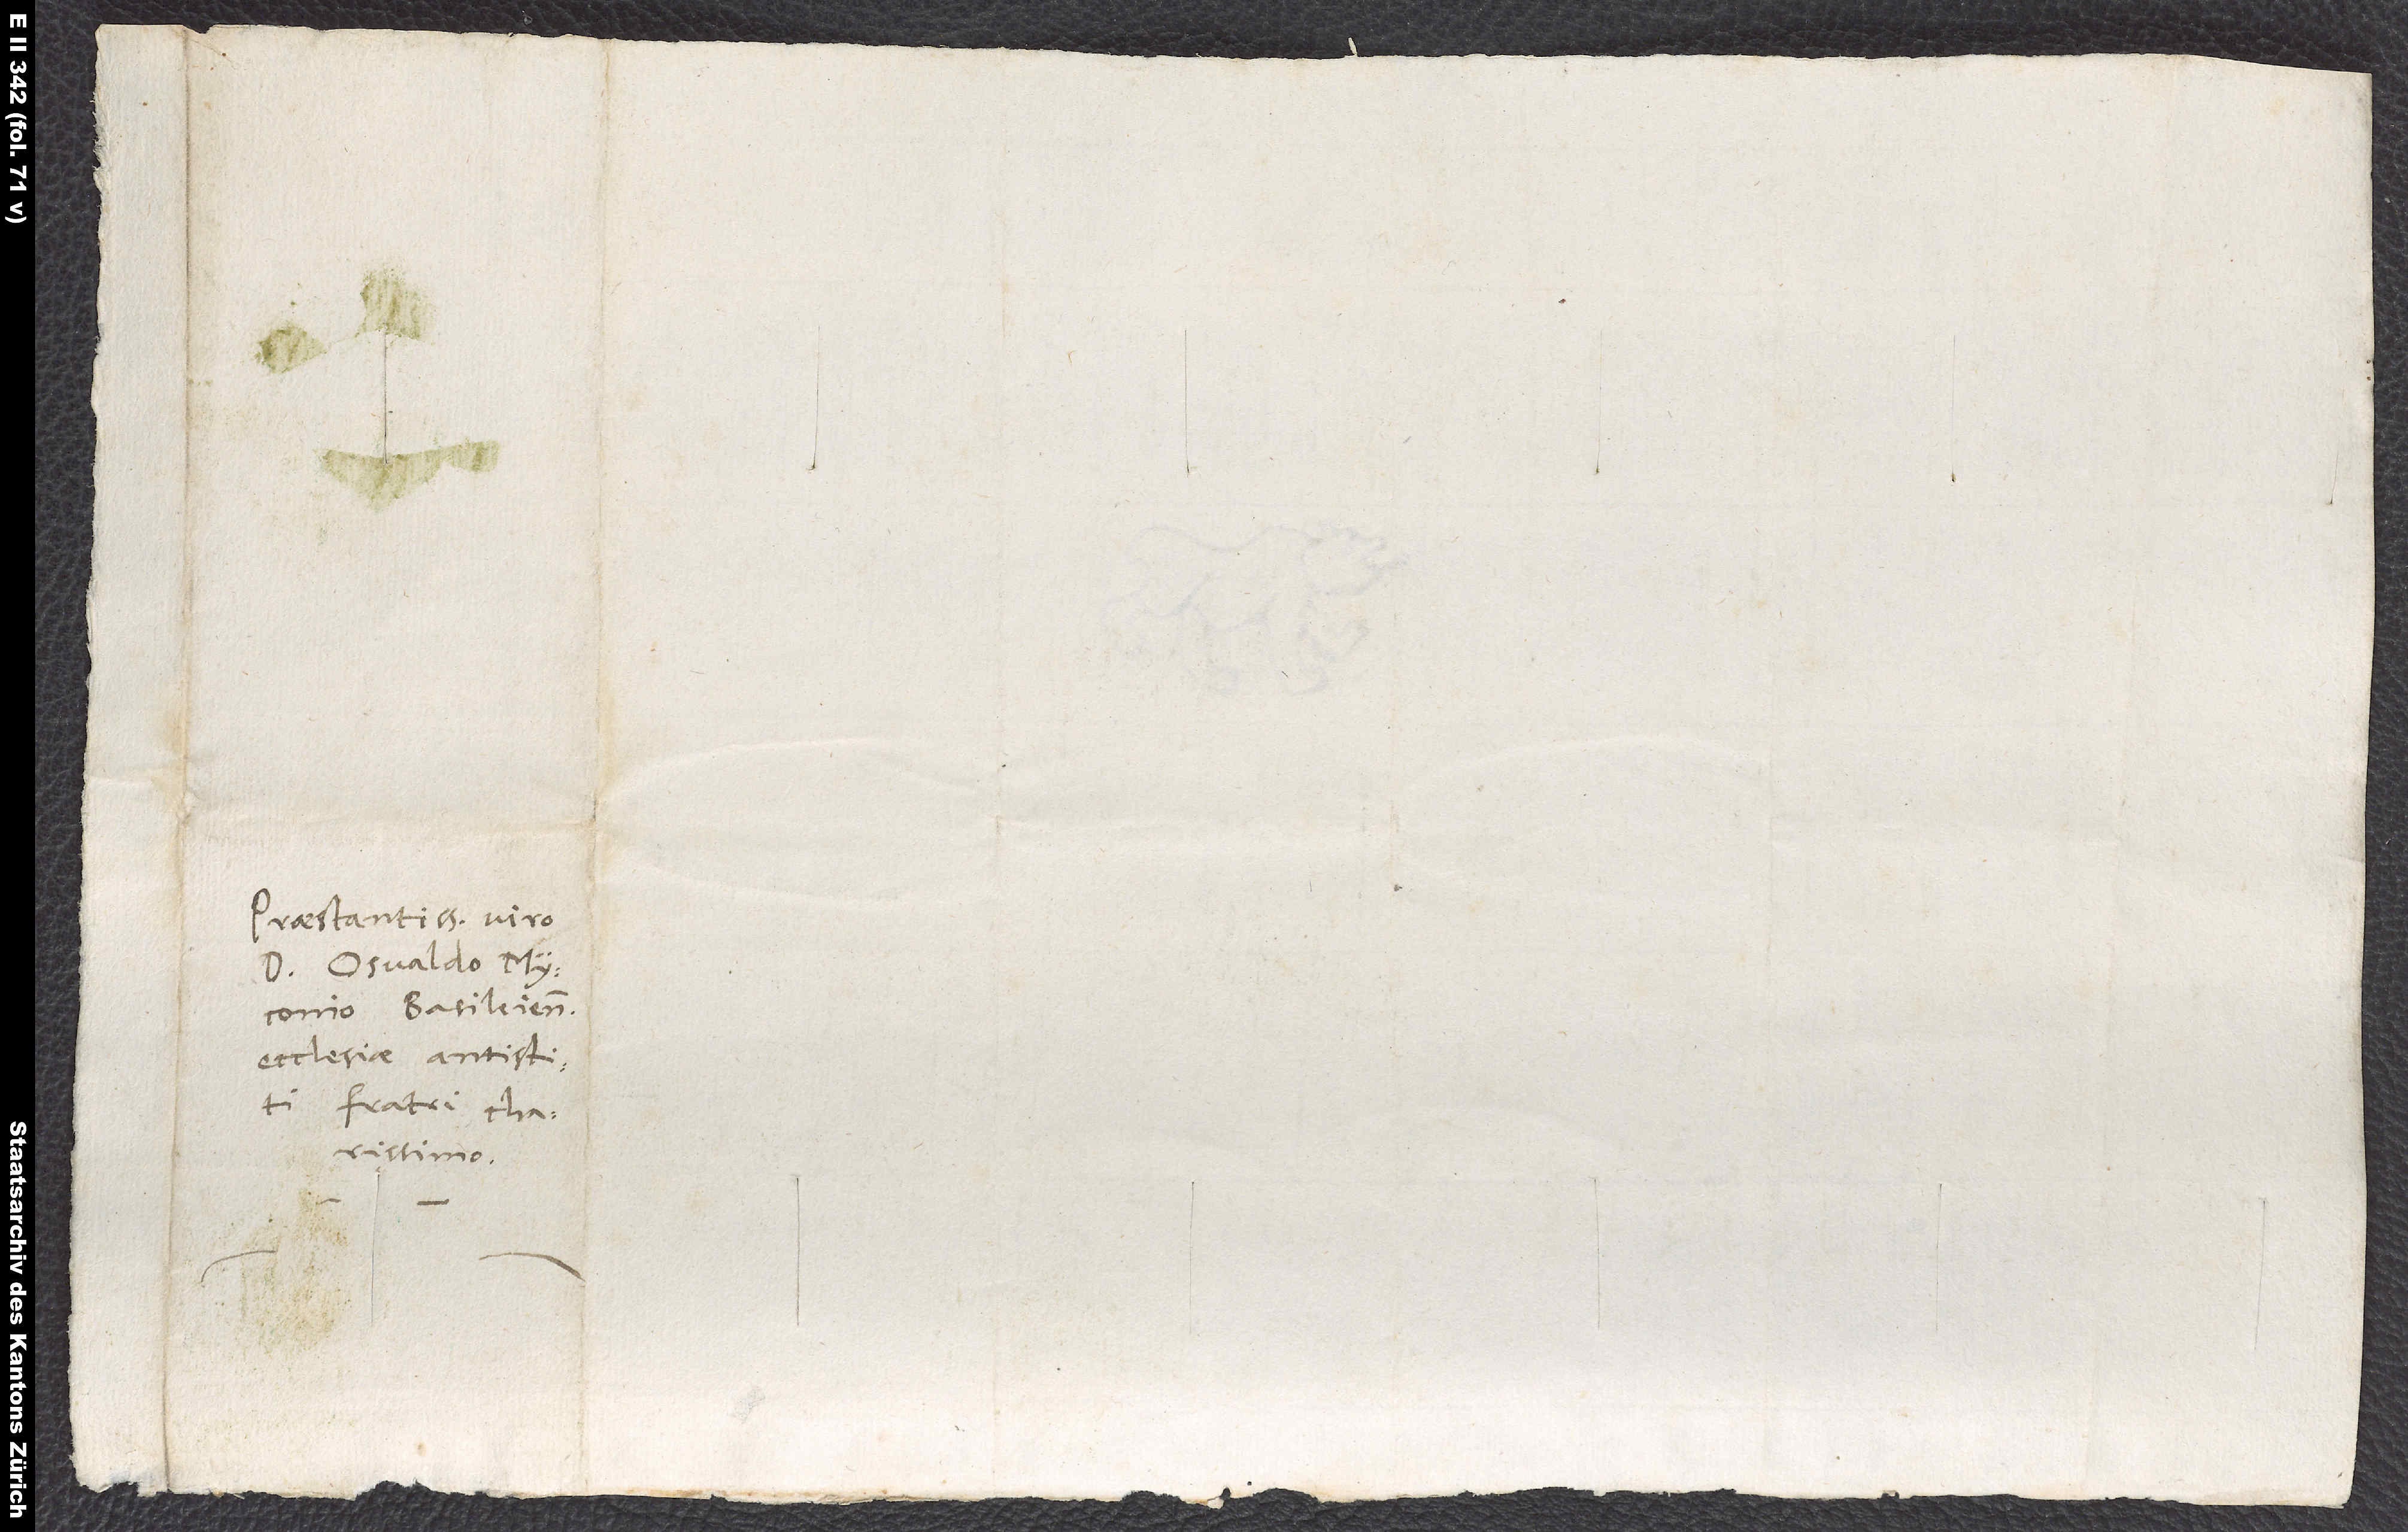
Praestantissimo viro
d. Osvaldo Myconio,
ecclesiae antistiti,
fratri charissimo.